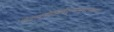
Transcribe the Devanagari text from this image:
पीताम्बरकिरीटकेयूरकौस्तुभवनमालाधरं